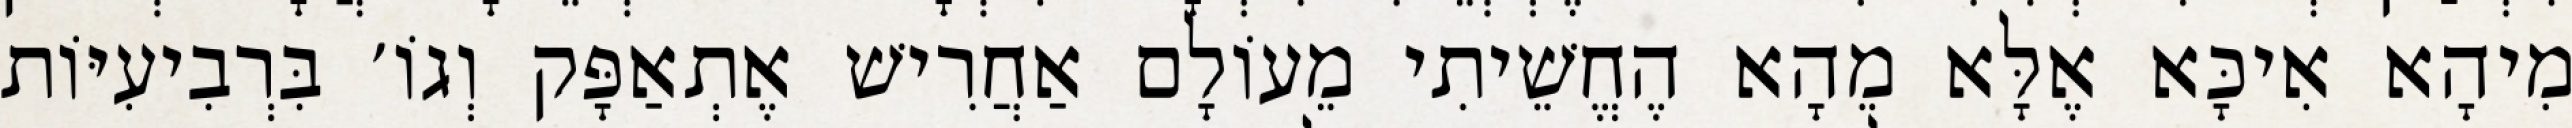
מִיהָא אִיכָּא אֶלָּא מֵהָא הֶחֱשֵׁיתִי מֵעוֹלָם אַחֲרִישׁ אֶתְאַפָּק וְגוֹ׳ בִּרְבִיעִיּוֹת